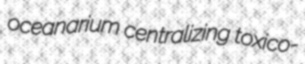
oceanarium centralizing toxico-